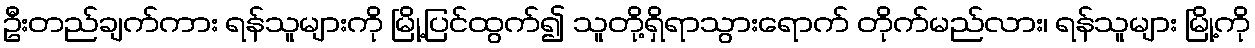
ဦးတည်ချက်ကား ရန်သူများကို မြို့ပြင်ထွက်၍ သူတို့ရှိရာသွားရောက် တိုက်မည်လား၊ ရန်သူများ မြို့ကို